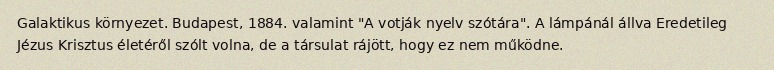
Galaktikus környezet. Budapest, 1884. valamint "A votják nyelv szótára". A lámpánál állva Eredetileg Jézus Krisztus életéről szólt volna, de a társulat rájött, hogy ez nem működne.